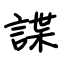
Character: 讒